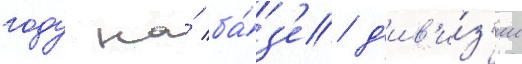
году на́ ба́з'е д'ив'и́з'ии